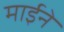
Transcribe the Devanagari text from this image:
माईने